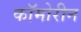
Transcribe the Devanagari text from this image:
कॉमोरीन